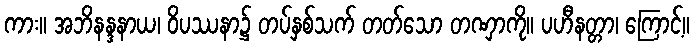
ကား။ အဘိနန္ဒနာယ၊ ဝိပဿနာ၌ တပ်နှစ်သက် တတ်သော တဏှာကို။ ပဟီနတ္တာ၊ ကြောင့်။